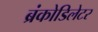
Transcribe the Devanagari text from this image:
ब्रंकोडिलेटर